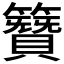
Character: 𮆪